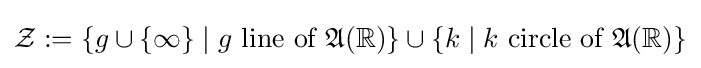
{\mathcal {Z}}:=\{g\cup \{\infty \}\mid g{\text{ line of  }}{\mathfrak {A}}(\mathbb {R} )\}\cup \{k\mid k{\text{ circle of }}{\mathfrak {A}}(\mathbb {R} )\}